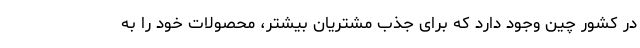
در کشور چین وجود دارد که برای جذب مشتریان بیشتر، محصولات خود را به